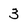
Character: 3